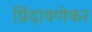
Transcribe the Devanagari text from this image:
प्रिंदावणेकर